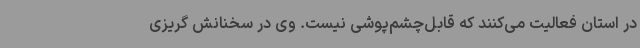
در استان فعالیت می‌کنند که قابل‌چشم‌پوشی نیست. وی در سخنانش گریزی